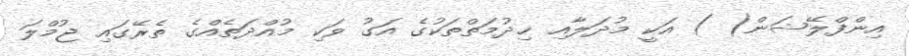
އިންފްލޭޝަން( ) އަކީ މުދަލާއި ޚިދުމަތްތަކުގެ އަގު ވަކި މުއްދަތެއްގެ ތެރޭގައި ޖުމްލަ